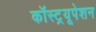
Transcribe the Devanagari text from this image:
कॉस्ट्रयूपेशन